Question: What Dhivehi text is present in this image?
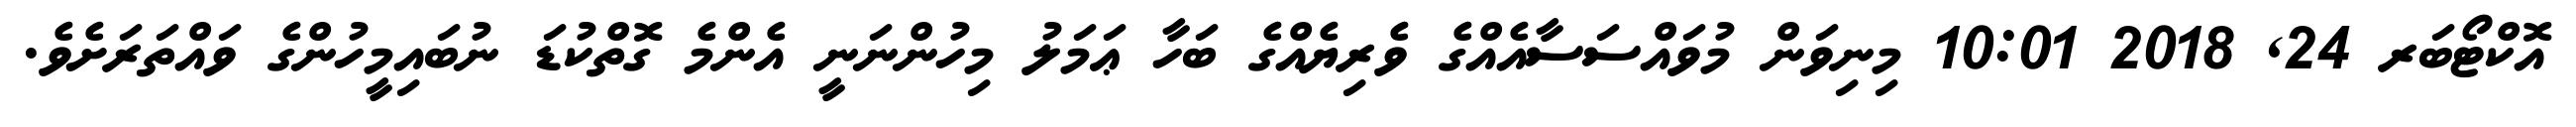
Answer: އޮކްޓޯބަރ 24, 2018 10:01 މިނިވަން މުވައްސަސާއެއްގެ ވެރިޔެއްގެ ބަހާ ޢަމަލު މިހުންނަނީ އެންމެ ގޮތްކުޑަ ނުބައިމީހުންގެ ވައްތަރަށެވެ.